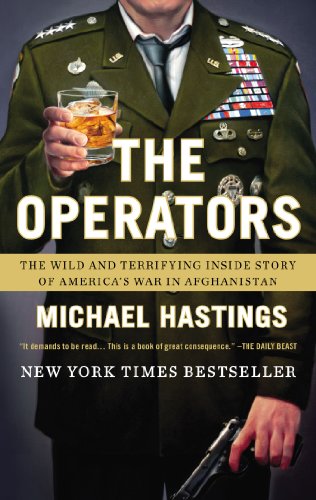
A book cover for The Operators: The Wild and Terrifying Inside Story of America's War in Afghanistan; Michael Hastings; History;